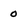
Character: O